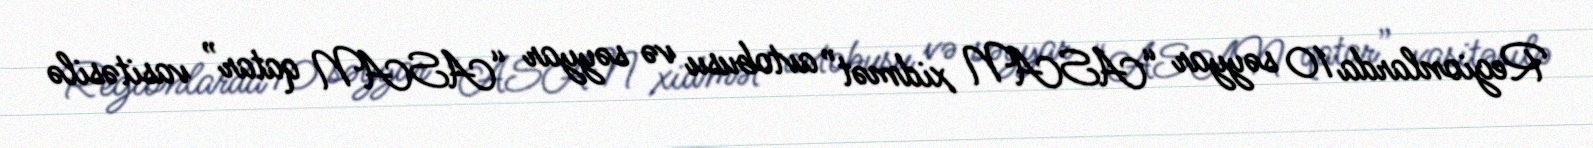
Regionlarda 10 səyyar “ASAN xidmət” avtobusu və səyyar “ASAN qatar” vasitəsilə